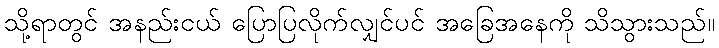
သို့ရာတွင် အနည်းငယ် ပြောပြလိုက်လျှင်ပင် အခြေအနေကို သိသွားသည်။